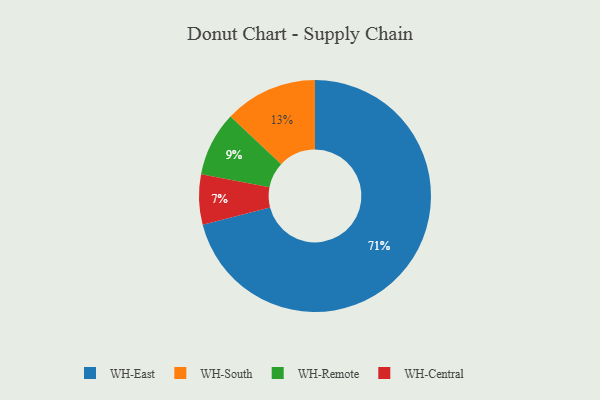
{"axis": {"x": "Category", "y": "Percentage"}, "legend": ["WH-Central", "WH-East", "WH-Remote", "WH-South"], "data": [{"x": "WH-Central", "y": 7, "type": "WH-Central"}, {"x": "WH-South", "y": 13, "type": "WH-South"}, {"x": "WH-Remote", "y": 9, "type": "WH-Remote"}, {"x": "WH-East", "y": 71, "type": "WH-East"}]}